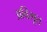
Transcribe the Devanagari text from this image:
अविभूत